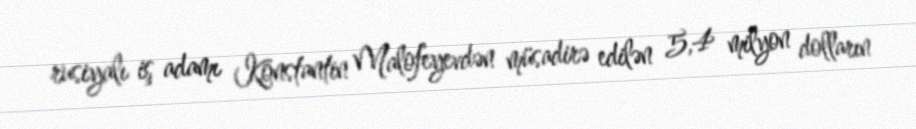
rusiyalı iş adamı Konstantin Malofeyevdən müsadirə edilən 5,4 milyon dolların